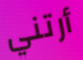
أرتني